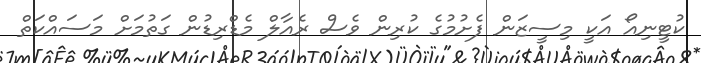
ކުޓީނިއޯ އަކީ މިސީޒަން ފެށުމުގެ ކުރިން ވެސް ރެއާލް މެޑްރިޑުން ގަތުމަށް މަސައްކަތް